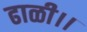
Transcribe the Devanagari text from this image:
ढाळी।।